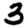
Digit: 3